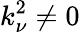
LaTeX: k_{\nu}^{2}\neq 0